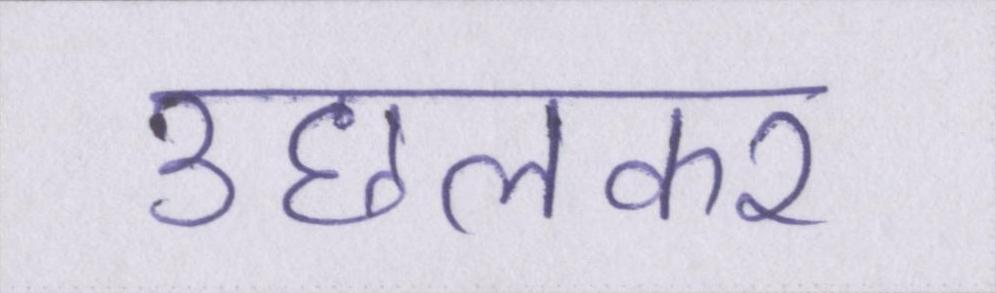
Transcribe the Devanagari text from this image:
उछलकर